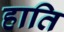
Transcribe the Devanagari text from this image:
हाति